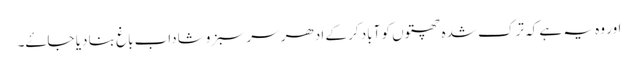
اور وہ یہ ہے کہ ترک شدہ چھتوں کو آباد کر کے ادھر سر سبز و شاداب باغ بنا دیا جاۓ۔